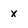
Character: x